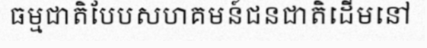
ធម្មជាតិបែបសហគមន៍ជនជាតិដើមនៅ